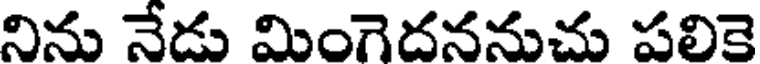
నిను నేడు మింగెదననుచు పలికె